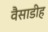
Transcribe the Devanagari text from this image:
वैसाडीह